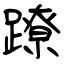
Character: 蹽